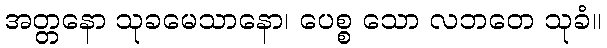
အတ္တနော သုခမေသာနော၊ ပေစ္စ သော လဘတေ သုခံ။